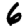
Digit: 6